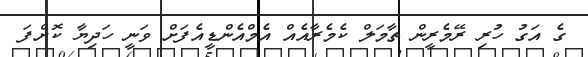
ގެ އަގު ހުރި ރޭމެރީން ތާމަލް ކެމެރާއެއް އެމްއެންޑީއެފަށް ވަނީ ހަދިޔާ ކޮށްފަ